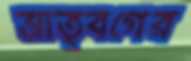
ভ্রাতৃবর্গের